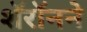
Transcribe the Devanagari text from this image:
शॅरॉनने